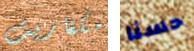
مكغاريت حسنا